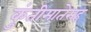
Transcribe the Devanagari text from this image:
कुंतीमातेसह